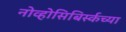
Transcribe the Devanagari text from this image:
नोव्होसिबिर्स्कच्या